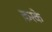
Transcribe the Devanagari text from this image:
क़रके